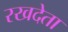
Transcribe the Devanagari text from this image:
रखदेता